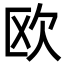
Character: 欧